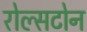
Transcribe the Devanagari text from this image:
रोल्सटोन